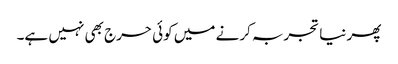
پھر نیا تجربہ کرنے میں کوئی حرج بھی نہیں ہے۔